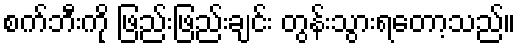
စက်ဘီးကို ဖြည်းဖြည်းချင်း တွန်းသွားရတော့သည်။